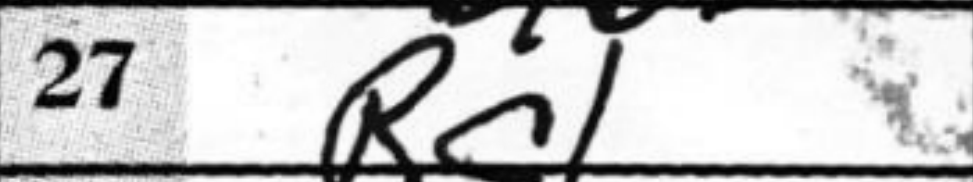
Transcription: Rc1